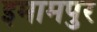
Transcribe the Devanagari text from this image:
इमामपुर